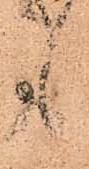
も